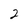
Character: 2